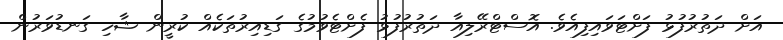
އަށް ދަތުރުފުޅު ފަށްޓަވައިފިއެވެ. އޮސްޓްރޭލިއާ ދަތުރުފުޅު ފެށްޓެވުމުގެ ގަޑިއިރުތަކެއް ކުރީން ޝާހި ގަނޑުވަރުން